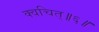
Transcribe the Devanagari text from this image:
क्वचित्॥६॥